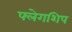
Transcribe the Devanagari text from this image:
फ्लेगशिप